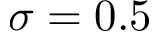
\sigma = 0 . 5